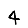
Digit: 4